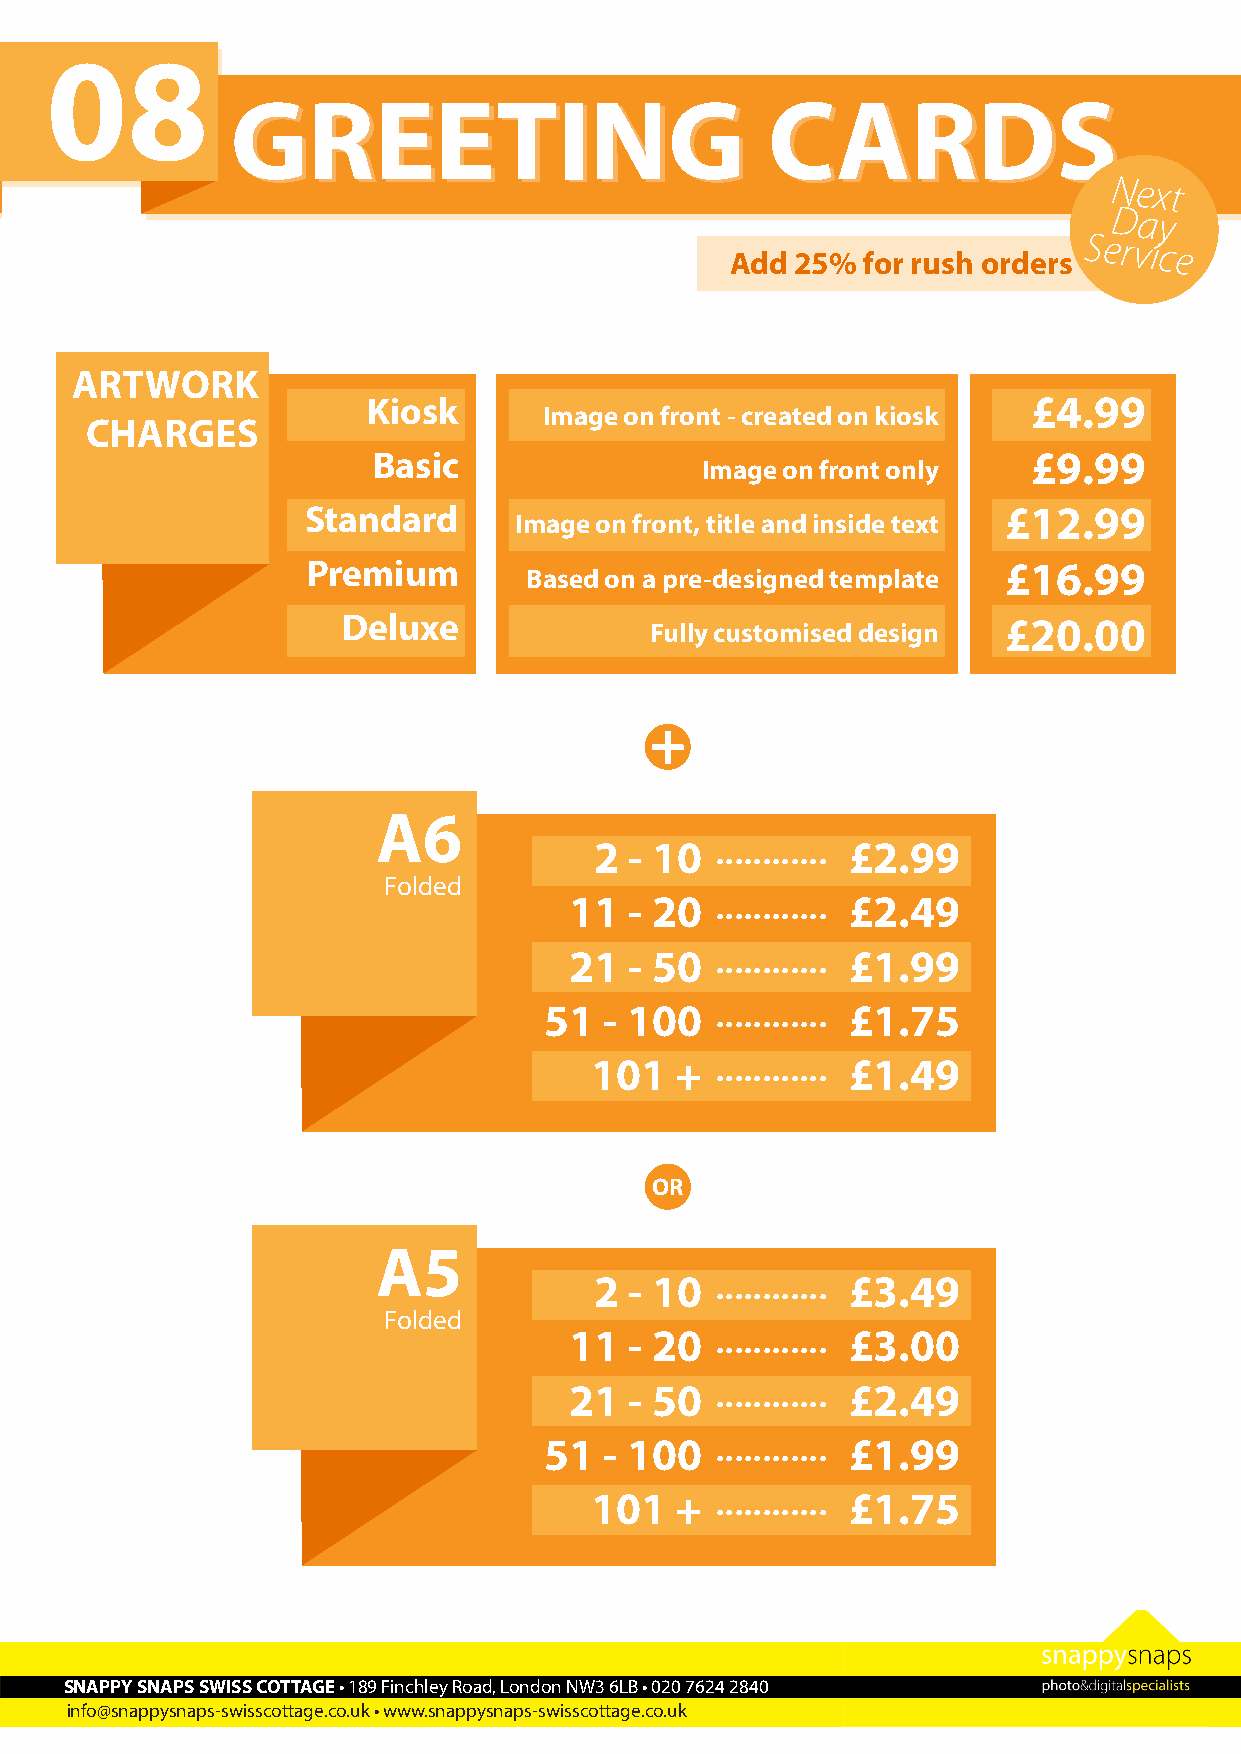
08
 GGRREEEETTIINNGG                    CCAARRDDSS
 Next
 Day
 Add  25% for rush orders
 Service
 ARTWORK
 Kiosk                                       £4.99
 Image on front - created on kiosk
 CHARGES
 Basic                                      £9.99
 Image on front only
 Standard                                      £12.99
 Image on front, title and inside text
 Premium                                       £16.99
 Based on a pre-designed template
 Deluxe              Fully customised design £20.00
 +
 A6
 ............
 2  - 10          £2.99
 Folded
 ............
 11  - 20          £2.49
 ............
 21  - 50          £1.99
 ............
 51  - 100           £1.75
 ............
 101   +          £1.49
 OR
 A5
 ............
 2  - 10          £3.49
 Folded
 ............
 11  - 20          £3.00
 ............
 21  - 50          £2.49
 ............
 51  - 100           £1.99
 ............
 101   +          £1.75
 SNAPPY SNAPS SWISS COTTAGE • 189 Finchley Road, London NW3 6LB • 020 7624 2840
 info@snappysnaps-swisscottage.co.uk • www.snappysnaps-swisscottage.co.uk